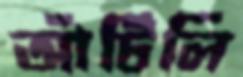
আঁটিলি